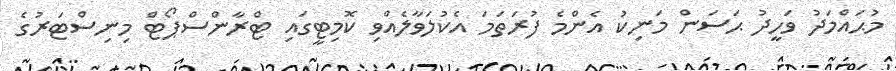
މުޙައްމަދު ވަހީދު ޙަސަން މަނިކު އެންމެ ފުރަތަމަ އެކުލަވާލެއްވި ކޮމިޓީގައި ޓްރާންސްޕޯޓް މިނިސްޓަރުގެ